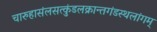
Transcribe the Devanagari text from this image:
चारुहासंलसत्कुंडलक्रान्तगंडस्थलांगम्‌